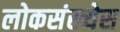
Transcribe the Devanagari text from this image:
लोकसंख्येस